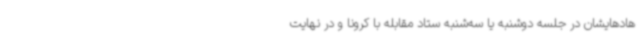
هادهایشان در جلسه دوشنبه یا سه‌شنبه ستاد مقابله با کرونا و در نهایت